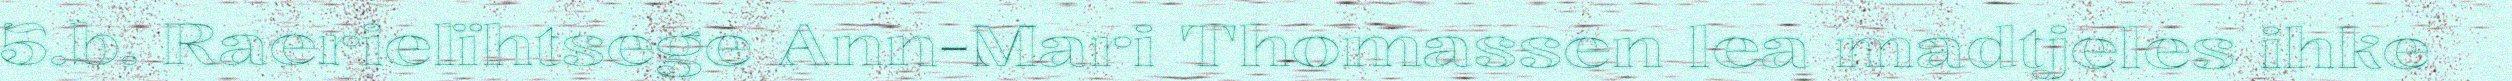
5.b. Raerielïhtsege Ann-Mari Thomassen lea madtjeles ihke